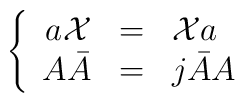
\left\{ \begin{array}{rcl}a{\cal X} & = & {\cal X}a \\ A\bar A & = & j\bar AA\end{array}\right.